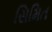
સિમિત